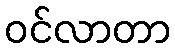
ဝင်လာတာ